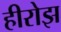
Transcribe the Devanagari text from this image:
हीरोझ